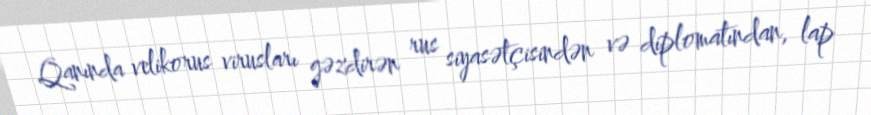
Qanında velikorus virusları gəzdirən rus siyasətçisindən və diplomatından, lap